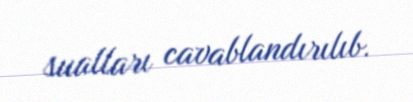
sualları cavablandırılıb.